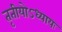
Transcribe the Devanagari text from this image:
तृतीयोऽध्यायः